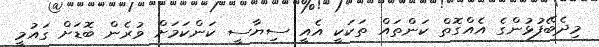
މިދެބޭފުޅުންގެ އެއްގޮތް ކަންތައް ތަކަކީ އެއީ ސިޔާސީ ކަންކަމަށް ވުރެން ބޮޑަށް ގައުމީ